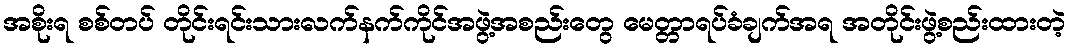
အစိုးရ စစ်တပ် တိုင်းရင်းသားလက်နက်ကိုင်အဖွဲ့အစည်းတွေ မေတ္တာရပ်ခံချက်အရ အတိုင်းဖွဲ့စည်းထားတဲ့